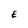
Character: E